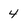
Character: 4